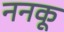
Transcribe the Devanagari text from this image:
ननकू